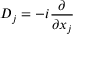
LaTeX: D _ { j } = - i { \frac { \partial } { \partial x _ { j } } }